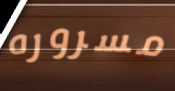
مسروره